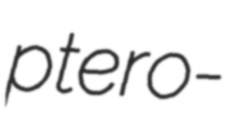
ptero-